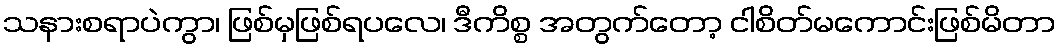
သနားစရာပဲကွာ၊ ဖြစ်မှဖြစ်ရပလေ၊ ဒီကိစ္စ အတွက်တော့ ငါစိတ်မကောင်းဖြစ်မိတာ